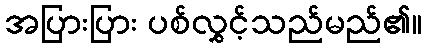
အပြားပြား ပစ်လွှင့်သည်မည်၏။